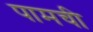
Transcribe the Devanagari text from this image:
पामची